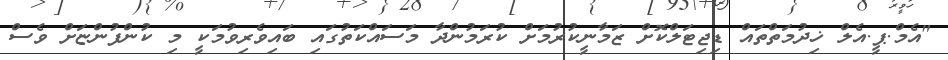
"އެމް.ޕީ.އެލް ޚިދުމަތްތައް ޑިޖިޓަލްކޮށް ޒަމާނީކުރުމަށް ކުރަމުންދާ މަސައްކަތުގައި ބައިވެރިވުމަކީ މި ކުންފުންޏަށް ވެސް